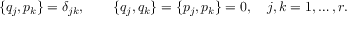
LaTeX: \{ q _ { j } , p _ { k } \} = \delta _ { j k } , \qquad \{ q _ { j } , q _ { k } \} = \{ p _ { j } , p _ { k } \} = 0 , \quad j , k = 1 , \ldots , r .